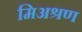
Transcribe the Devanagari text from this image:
मिअश्रण